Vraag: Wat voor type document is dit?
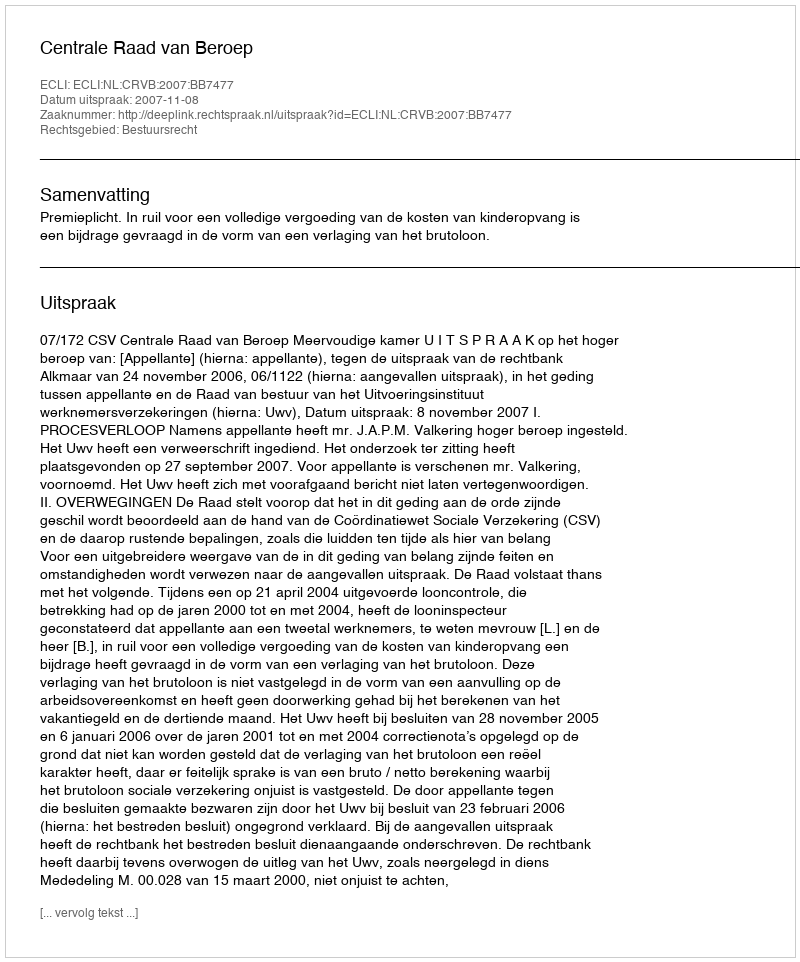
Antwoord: Uitspraak